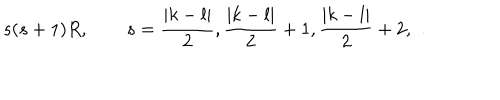
s ( s + 1 ) R , \qquad s = \frac { | k - l | } 2 , \frac { | k - l | } 2 + 1 , \frac { | k - l | } 2 + 2 , \ldots